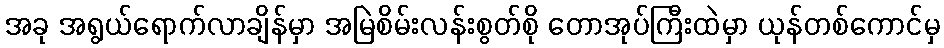
အခု အရွယ်ရောက်လာချိန်မှာ အမြဲစိမ်းလန်းစွတ်စို တောအုပ်ကြီးထဲမှာ ယုန်တစ်ကောင်မှ